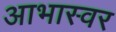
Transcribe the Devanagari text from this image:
आभास्वर